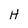
Character: H